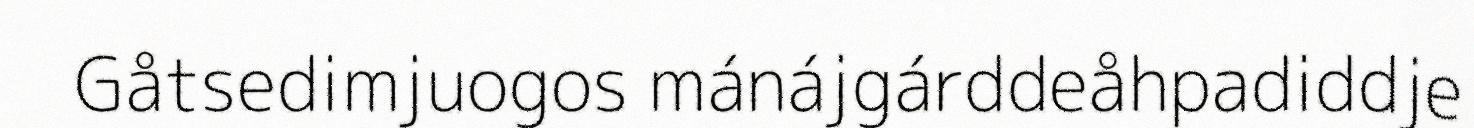
Gåtsedimjuogos mánájgárddeåhpadiddje